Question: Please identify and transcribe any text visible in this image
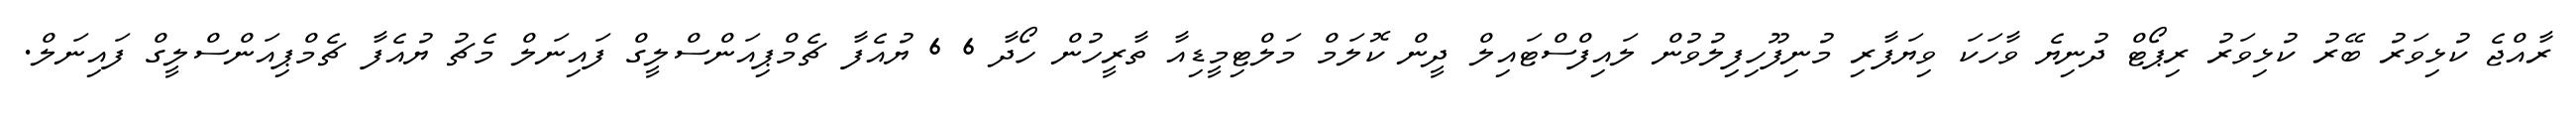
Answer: ރާއްޖެ ކުޅިވަރު ބޭރު ކުޅިވަރު ރިޕޯޓް ދުނިޔެ ވާހަކަ ވިޔަފާރި މުނިފޫހިފިލުވުން ލައިފްސްޓައިލް ދީން ކޮލަމް މަލްޓިމީޑިއާ ތާރީހުން ހޯދާ 6 6 ޔުއެފާ ޗެމްޕިއަންސްލީގް ފައިނަލް މެޗު ޔުއެފާ ޗެމްޕިއަންސްލީގް ފައިނަލް.